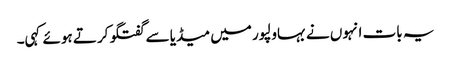
یہ بات انہوں نے بہاولپور میں میڈیا سے گفتگو کرتے ہوئے کہی۔